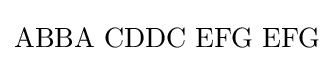
\mathrm {ABBA\,\,CDDC\,\,EFG\,\,EFG}